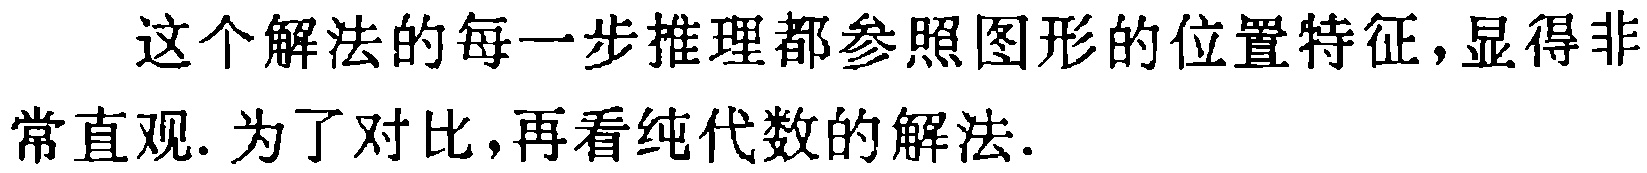
这个解法的每一步推理都参照图形的位置特征,显得非常直观. 为了对比,再看纯代数的解法.